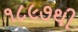
૧૮૯૭થી